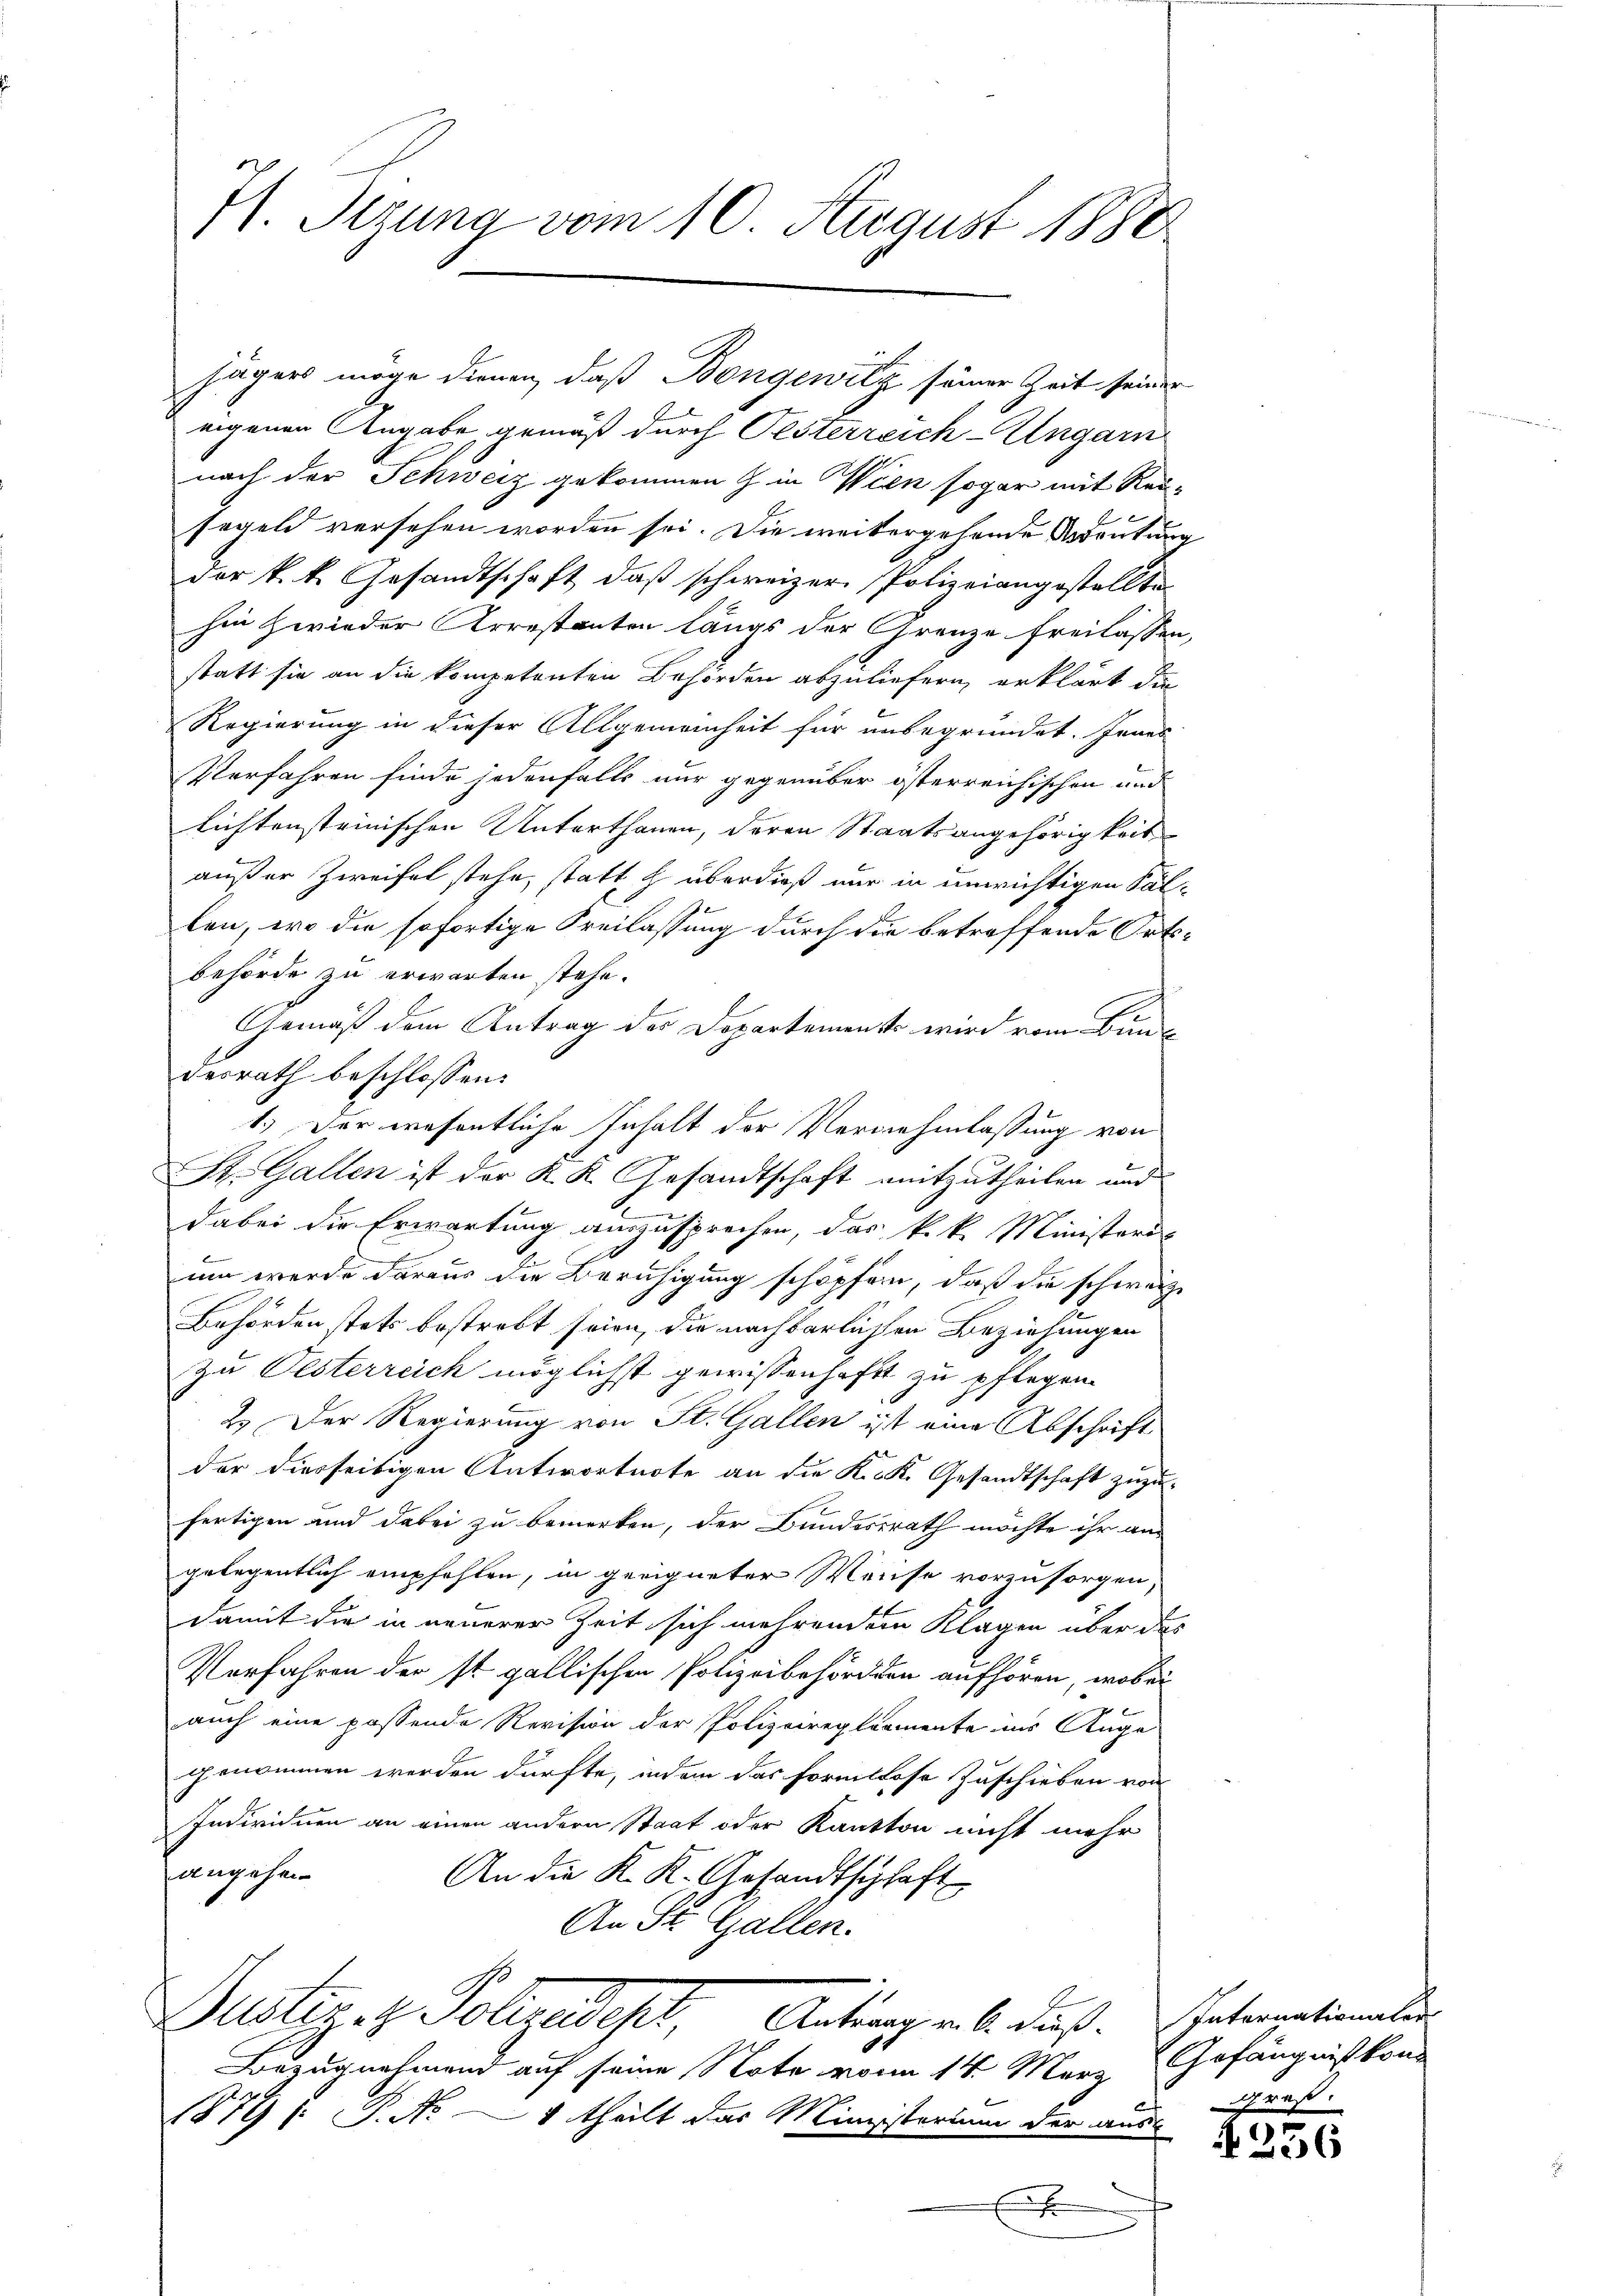
71. Jezuna vom 10. August 1880

eigenen Angabe gemäß durch Pesterreich-Ungarn
nach der Schweiz gekommen & in Wien sogar mit Reisegeld versehen worden sei. Die weitergehende Bedeutung
der k. k. Gesandtschaft, daß schweizer Polizeiangestellte
hin zwieder Arrestanten längs der Grenze freilassen,
statt sie an die kompetenten Behörden abzuliefern, erklärt die
Regierung in dieser Allgemeinheit für unbegründet. Innes
Verfahren finde jedenfalls nur gegenüber österreichischen und
lichtensteinischen Unterthanen, deren Staatsangehörigkeit
außer Zweifel stehe, statt h überdieß nur in unwichtigen Sällen, wo die sofortige Freilassung durch die betreffende Ortsbehörde zu erwarten stehe.
Gemäß dem Antrag des Dopartemento wird vom Bundesrath beschlossen:
1.) Der wesentliche Inhalt der Vernehmlassung von
St. Gallen ist der K. K. Gesandtschaft mitzutheilen und
dabei die Erwartung auszusprechen, das k.k. Ministeris
um werde daraus die Beruhigung schöpfen, daß die schweize
Behörden stets bestrebt seien, die nachbarlichen Beziehungen
zu Oesterreich möglichst gewissenhaft zu pflegen.
2.) Der Regierung von St. Gallen ist eine Abschrift
der diesseitigen Antwortnote an die K. K. Gesandtschaft zuzu-
fertigen und dabei zu bemerken, der Bundesrath möchte ihr an
gelegentlich empfehlen, in geeigneter Weise vorzusorgen,
damit die in neuerer Zeit sich mehrendem Klagen über das
Verfahren der st. gallischen Polizeibehörden aufhören, wobei
auch eine passende Revision der Polizeireglemente ins Auge
genommen werden dürfte, indem das Formlose Zuschieben von
Individuen an einen andern Staat oder Kanton nicht mehr
angehen
An die K. K. Gesandtschaft
An St. Gallen.
Justiges Polizeidept, Antrag als dieß. Intermationalen
Bezugnahmend auf seine Note von 14. März
1879 (: S. Nr. 1 theilt das Ministerium der aus-
E

jägers möge dienen, daß Bongewitz seiner Zeit seiner

Gefängnis konn
Graß.

236